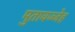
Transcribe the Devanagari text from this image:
मुतावज्जेह